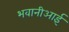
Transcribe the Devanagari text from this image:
भवानीआई